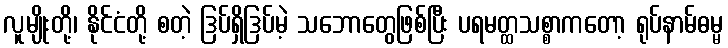
လူမျိုးတို့၊ နိုင်ငံတို့ စတဲ့ ဒြပ်ရှိဒြပ်မဲ့ သဘောတွေဖြစ်ပြီး ပရမတ္ထသစ္စာကတော့ ရုပ်နာမ်ဓမ္မ